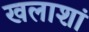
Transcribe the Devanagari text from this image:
खलाशां